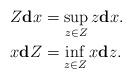
LaTeX: \begin{align*}Z\mathbf{d}x&=\sup_{z\in Z}z\mathbf{d}x.\\x\mathbf{d}Z&=\inf_{z\in Z}x\mathbf{d}z.\end{align*}